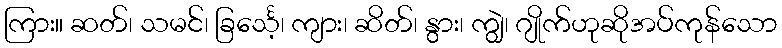
ကြား။ ဆတ်၊ သမင်၊ ခြင်္သေ့၊ ကျား၊ ဆိတ်၊ နွား၊ ကျွဲ၊ ဂျိုက်ဟုဆိုအပ်ကုန်သော